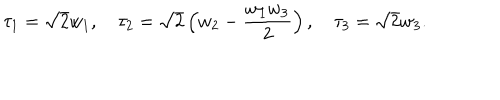
LaTeX: \tau _ { 1 } = \sqrt { 2 } w _ { 1 } , \quad \tau _ { 2 } = \sqrt { 2 } \left( w _ { 2 } - \frac { w _ { 1 } w _ { 3 } } { 2 } \right) , \quad \tau _ { 3 } = \sqrt { 2 } w _ { 3 } .